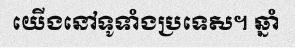
យើងនៅទូទាំងប្រទេស។ ឆ្នាំ